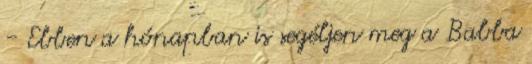
- Ebben a hónapban is segéljen meg a Babba